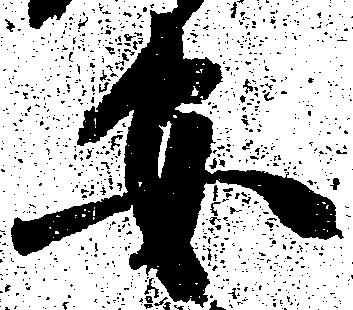
安